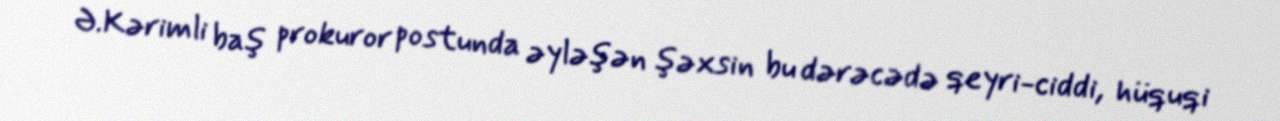
Ə.Kərimli baş prokuror postunda əyləşən şəxsin bu dərəcədə qeyri-ciddi, hüquqi